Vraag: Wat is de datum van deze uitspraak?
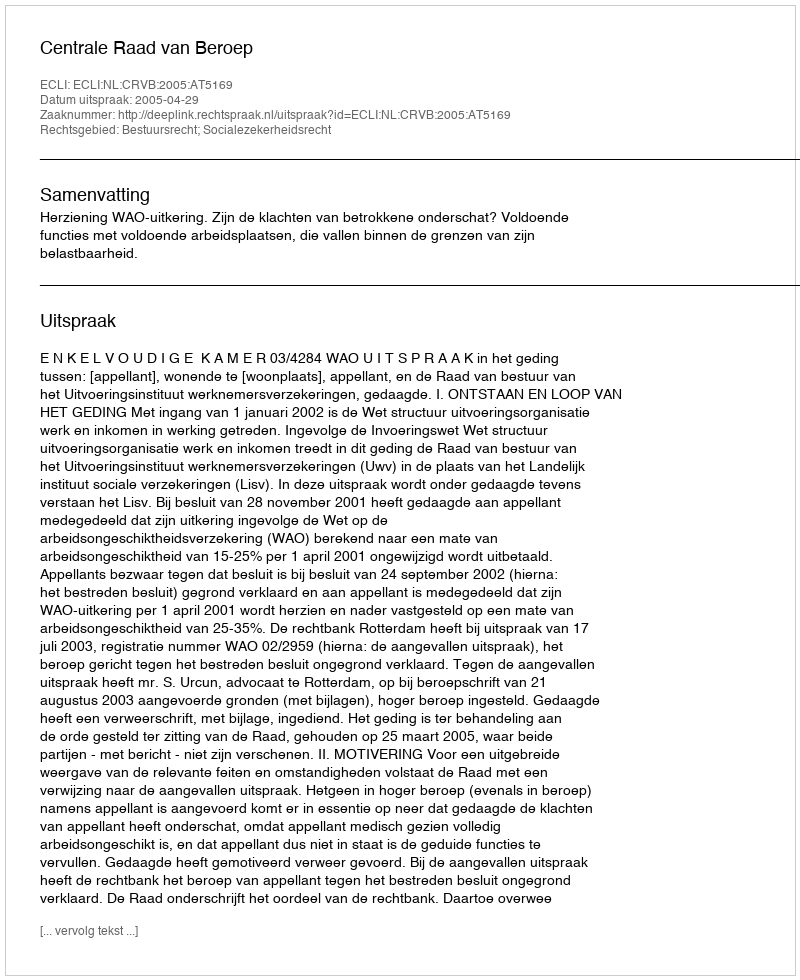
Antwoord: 2005-04-29